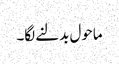
ماحول بدلنے لگا۔